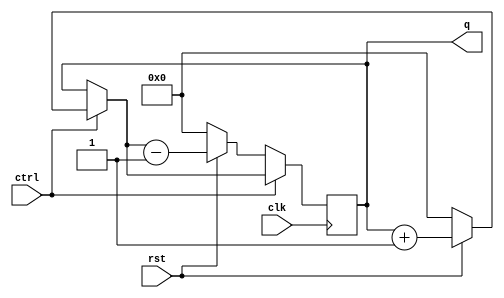
`timescale 1ns / 1ps
//////////////////////////////////////////////////////////////////////////////////
// Company: 
// Engineer: 
// 
// Design Name: 
// Module Name:    BinaryUpDownCounter 
// Project Name: 
// Target Devices: 
// Tool versions: 
// Description: 
//
// Dependencies: 
//
// Revision: 
// Revision 0.01 - File Created
// Additional Comments: 
//
//////////////////////////////////////////////////////////////////////////////////
module BinaryUpDownCounter(clk,rst,q,ctrl);
input clk,rst,ctrl;
output reg [3:0]q;
//reg dclk;
//reg [22:0] cnt=23'd0;

always@(posedge clk)
//begin
//cnt=cnt+1;
//dclk=cnt[22];
//end
//always@(posedge dclk)
begin
if(ctrl==1)
begin
if(!rst)
	q=4'd0;
else
	q=q+1;
end
if(ctrl==0)
begin
if(!rst)
	q=4'd0;
else
	q=q-1;
end
end
endmodule